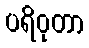
ပရိဝုတာ